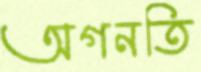
অগনতি